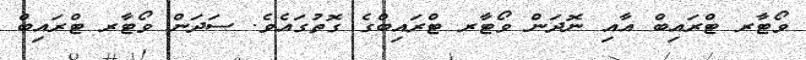
ވޯޓާރ ޓްރައިބް އާއި ނޮދަން ވޯޓާރ ޓްރައިބްގެ ގޮތުގައެވެ. ސަދަން ވޯޓާރ ޓްރައިބް